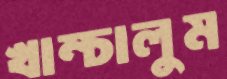
খাম্‌চালুম